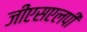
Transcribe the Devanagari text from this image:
जीएसएलपी